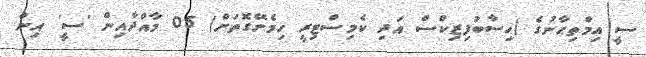
ސީ އިމްތިޙާނުގެ (ހިސާބުފިޒިކްސް އަދި ކެމިސްޓިރީ ހިމެނޭގޮތަށް) 05 މާއްދާއިން 'ސީ' އިން